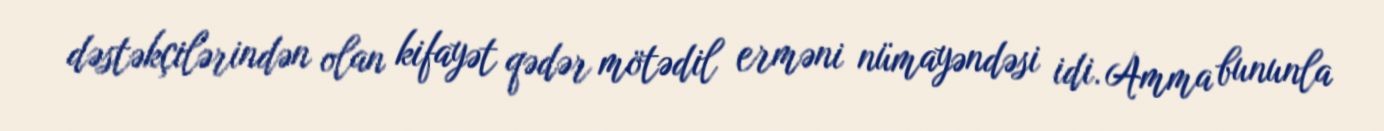
dəstəkçilərindən olan kifayət qədər mötədil erməni nümayəndəsi idi. Amma bununla